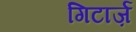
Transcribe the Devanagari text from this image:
गिटार्ज़